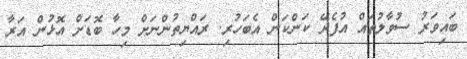
ބައިވަރު ސުވާލުތައް އުފެދޭ ކަންކަން އެބަހުރި. ރައްޔިތުންނަށް މިހާ ބޮޑަށް އޮޅުން އަރާ